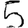
Digit: 5